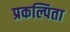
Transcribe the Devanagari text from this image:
प्रकल्पिता